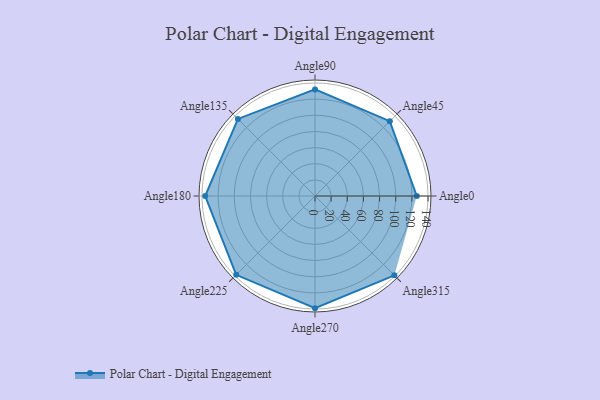
{"axis": {"x": "Angle", "y": "Radius"}, "legend": [""], "data": [{"x": "Angle0", "y": 126.0, "type": ""}, {"x": "Angle45", "y": 131.0, "type": ""}, {"x": "Angle90", "y": 132.0, "type": ""}, {"x": "Angle135", "y": 135.0, "type": ""}, {"x": "Angle180", "y": 136.0, "type": ""}, {"x": "Angle225", "y": 138.0, "type": ""}, {"x": "Angle270", "y": 139.0, "type": ""}, {"x": "Angle315", "y": 139.0, "type": ""}]}